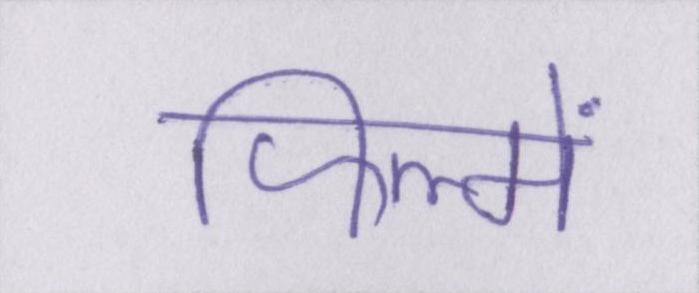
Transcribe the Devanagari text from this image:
फिल्में